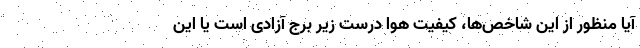
آیا منظور از این شاخص‌ها، کیفیت هوا درست زیر برج آزادی است یا این